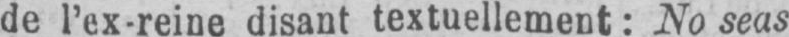
de l’ex-reine disant textuellement: No seas